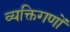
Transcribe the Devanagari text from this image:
व्यक्तिगणों